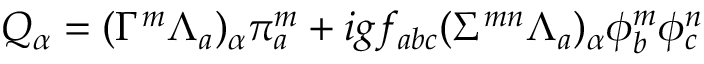
Q _ { \alpha } = ( \Gamma ^ { m } \Lambda _ { a } ) _ { \alpha } \pi _ { a } ^ { m } + i g f _ { a b c } ( \Sigma ^ { m n } \Lambda _ { a } ) _ { \alpha } \phi _ { b } ^ { m } \phi _ { c } ^ { n }